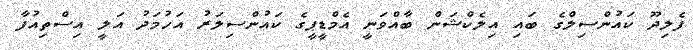
ފެލިދޫ ކައުންސިލްގެ ބައި އިލެކްޝަން ބާއްވަނީ އެމްޑީޕީގެ ކައުންސިލަރު އަހުމަދު އަލީ އިސްތިއުފާ